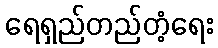
ရေရှည်တည်တံ့ရေး